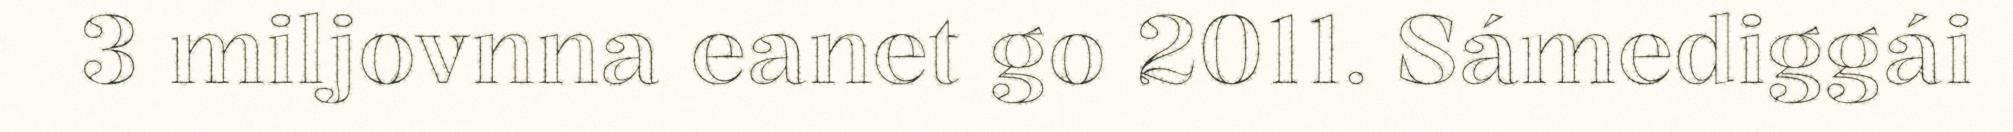
3 miljovnna eanet go 2011. Sámediggái